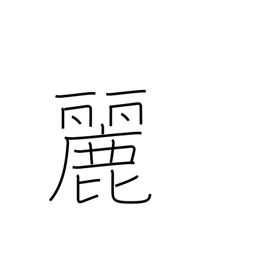
Meaning: lovely